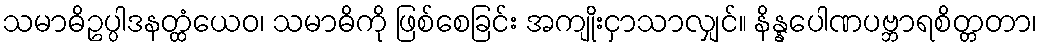
သမာဓိဥပ္ပါဒနတ္ထံယေဝ၊ သမာဓိကို ဖြစ်စေခြင်း အကျိုးငှာသာလျှင်။ နိန္နပေါဏပဗ္ဘာရစိတ္တတာ၊